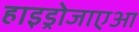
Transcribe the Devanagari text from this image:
हाइड्रोजाएआ